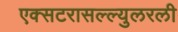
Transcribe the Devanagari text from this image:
एक्सटरासल्ल्युलरली